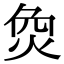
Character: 烉